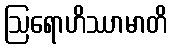
ဩရောဟိဿာမာတိ